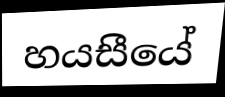
හයසීයේ